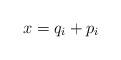
LaTeX: \begin{align*}x = q_i + p_i\end{align*}